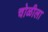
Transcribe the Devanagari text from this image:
चोळीला